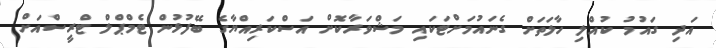
އަދި ގައުމު ކުއްލި ހާލަތަށް ގެނައުމަށްޓަކައި މަޝްވަރާކޮށް އަސްކަރިއްޔާގެ ބޭފުޅުން ޓެމްޕްލް ޓްރީސްއަށް